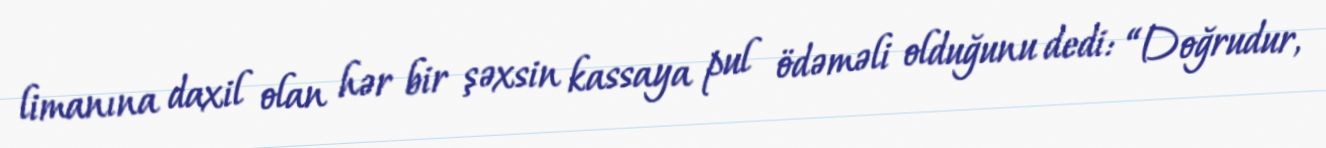
limanına daxil olan hər bir şəxsin kassaya pul ödəməli olduğunu dedi: “Doğrudur,